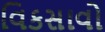
વિકસાવો